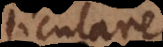
ticulare